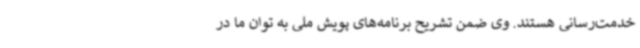
خدمت‌رسانی هستند. وی ضمن تشریح برنامه‌های پویش ملی به توان ما در